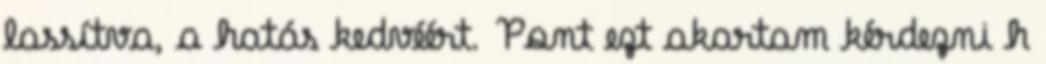
lassítva, a hatás kedvéért. Pont ezt akartam kérdezni h